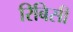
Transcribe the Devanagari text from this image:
रिबिसी